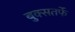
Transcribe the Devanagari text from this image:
बुक्सतर्फे